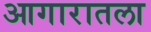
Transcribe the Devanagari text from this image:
आगारातला